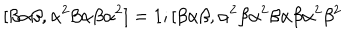
\lbrack \beta \alpha \beta , \alpha ^ { 2 } \beta \alpha \beta \alpha ^ { 2 } ] = 1 ; [ \beta \alpha \beta , \alpha ^ { 2 } \beta \alpha ^ { 2 } \beta \alpha \beta \alpha ^ { 2 } \beta ^ { 2 }